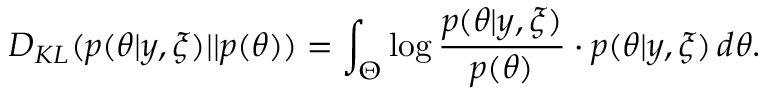
D _ { K L } ( p ( \theta | y , \xi ) | | p ( \theta ) ) = \int _ { \Theta } \log \frac { p ( \theta | y , \xi ) } { p ( \theta ) } \cdot p ( \theta | y , \xi ) \, d \theta .